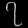
Digit: ၇